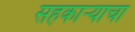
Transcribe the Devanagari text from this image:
सहकार्‍याचा